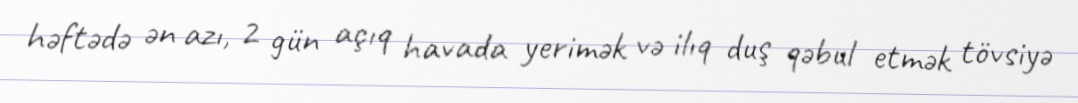
həftədə ən azı, 2 gün açıq havada yerimək və ilıq duş qəbul etmək tövsiyə